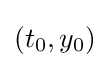
(t_{0},y_{0})